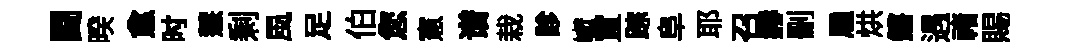
闘暌愈时慧剩風足伯您憲谱栽診巘罝踪阜耶召赫删雇烘鏘遇禇賜